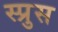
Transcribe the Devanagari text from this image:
स्प्रुस